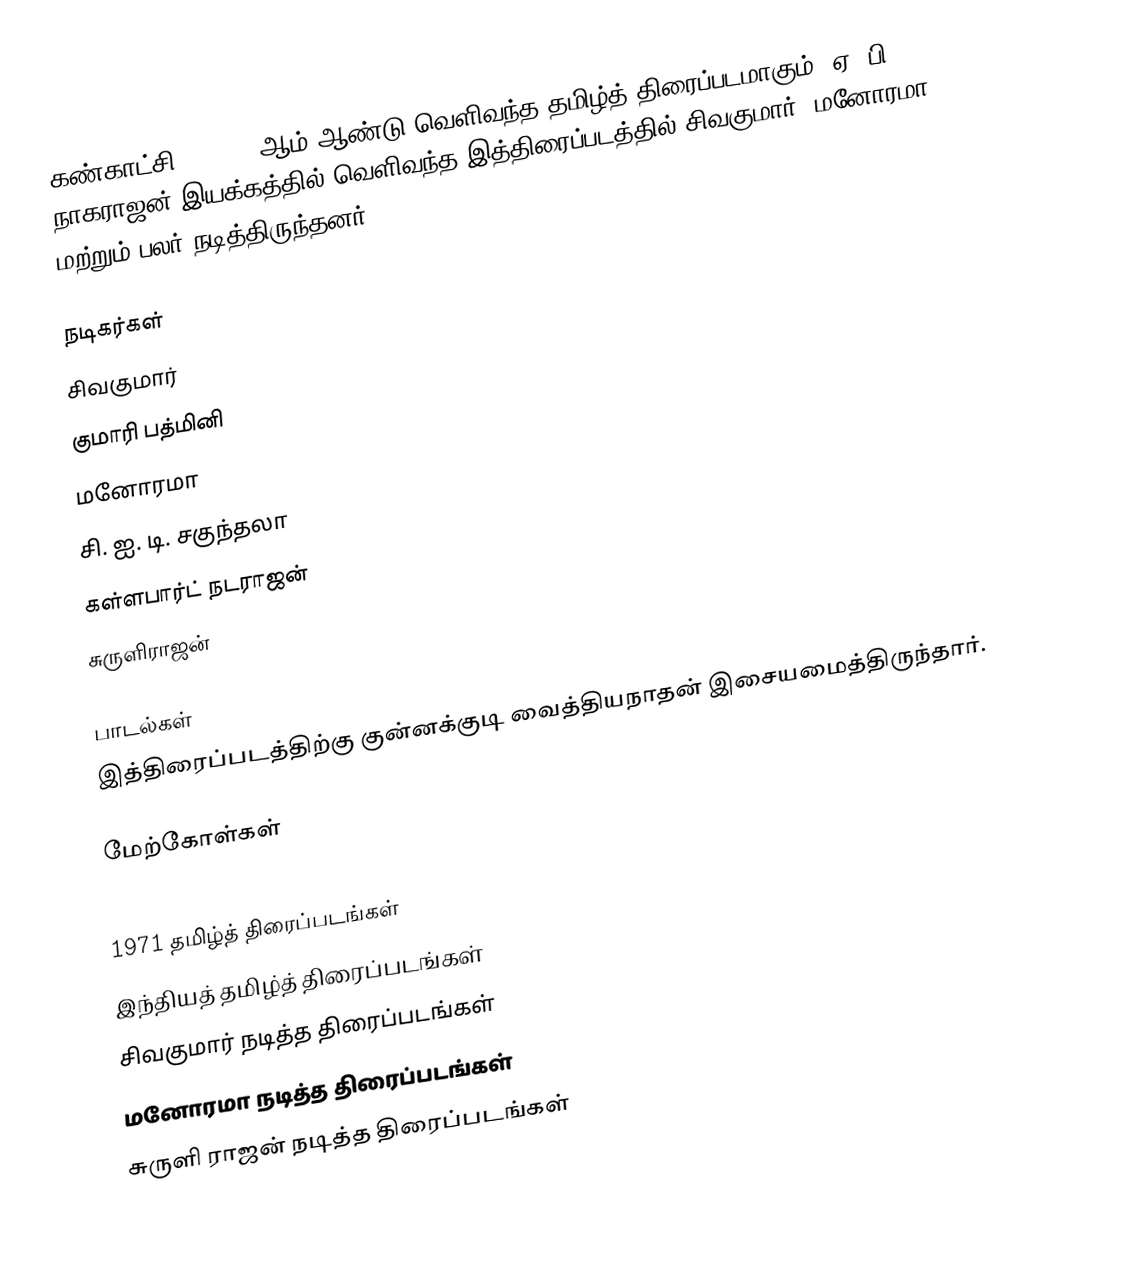
கண்காட்சி () 1971 ஆம் ஆண்டு வெளிவந்த தமிழ்த் திரைப்படமாகும். ஏ. பி. நாகராஜன் இயக்கத்தில் வெளிவந்த இத்திரைப்படத்தில் சிவகுமார், மனோரமா மற்றும் பலர் நடித்திருந்தனர்.

நடிகர்கள்
சிவகுமார்
குமாரி பத்மினி
மனோரமா
சி. ஐ. டி. சகுந்தலா
கள்ளபார்ட் நடராஜன்
சுருளிராஜன்

பாடல்கள்
இத்திரைப்படத்திற்கு குன்னக்குடி வைத்தியநாதன் இசையமைத்திருந்தார்.

மேற்கோள்கள்

1971 தமிழ்த் திரைப்படங்கள்
இந்தியத் தமிழ்த் திரைப்படங்கள்
சிவகுமார் நடித்த திரைப்படங்கள்
மனோரமா நடித்த திரைப்படங்கள்
சுருளி ராஜன் நடித்த திரைப்படங்கள்